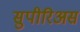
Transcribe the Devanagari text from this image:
सुपीरिअस